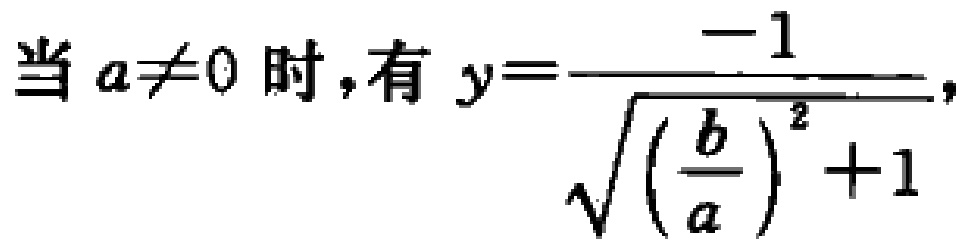
当 \(a\neq 0\) 时，有 \(y = \frac{-1}{\sqrt{(\frac{b}{a})^2 + 1}}\)